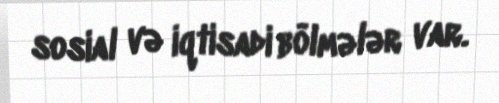
sosial və iqtisadi bölmələr var.